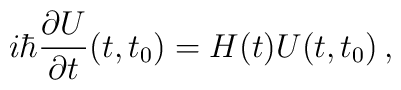
i\hbar\frac{\partial U}{\partial t}(t,t_0)=H(t) U(t,t_0)\,,